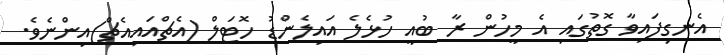
އެނގިފައިވާ ގޮތުގައި އެ މީހުން ރާ ބުއީ ހުޅެލެ އައިލެންޑު ހޮޓަލް (އެޗްއައިއެޗް)އިންނެވެ.